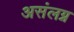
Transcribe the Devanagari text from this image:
असंलग्न